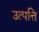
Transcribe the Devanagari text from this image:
उत्‍पत्ति